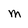
Character: m